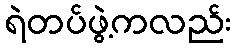
ရဲတပ်ဖွဲ့ကလည်း